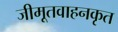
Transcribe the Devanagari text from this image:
जीमूतवाहनकृत